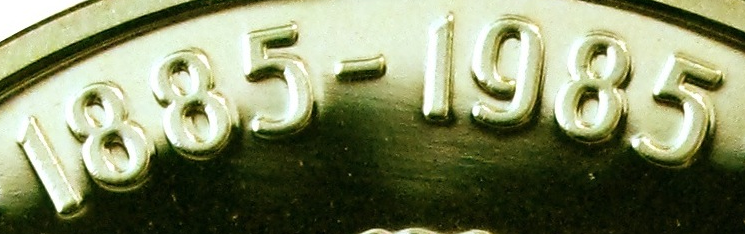
1885-1985